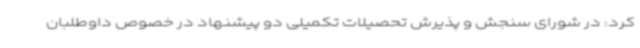
کرد: در شورای سنجش و پذیرش تحصیلات تکمیلی دو پیشنهاد در خصوص داوطلبان